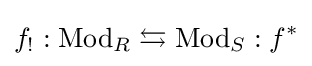
f_{!}:{\text{Mod}}_{R}\leftrightarrows {\text{Mod}}_{S}:f^{*}